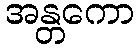
အန္တကော